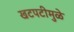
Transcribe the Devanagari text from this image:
खटपटीमुळे